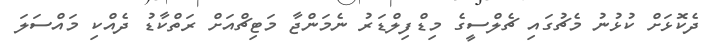
ދެކޮޅަށް ކުޅުނު މެޗުގައި ޗެލްސީގެ މިޑްފިލްޑަރު ނެމަންޖާ މަޓިޗްއަށް ރަތްކާޑު ދެއްކި މައްސަލަ